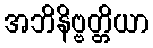
အဘိနိဗ္ဗတ္တိယာ